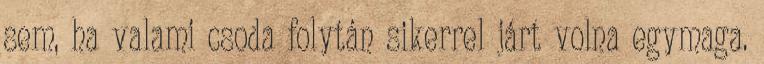
sem, ha valami csoda folytán sikerrel járt volna egymaga.